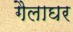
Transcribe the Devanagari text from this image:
गैलाघर